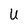
Character: U